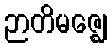
ဉာတိမဇ္ဈေ